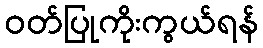
ဝတ်ပြုကိုးကွယ်ရန်